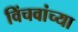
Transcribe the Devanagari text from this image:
विंचवांच्या